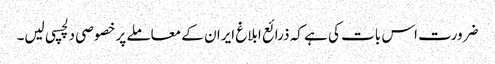
ضرورت اس بات کی ہے کہ ذرائع ابلاغ ایران کے معاملے پر خصوصی دلچسپی لیں۔